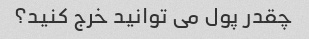
چقدر پول می توانید خرج کنید؟